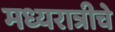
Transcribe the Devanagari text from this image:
मध्यरात्रीचे